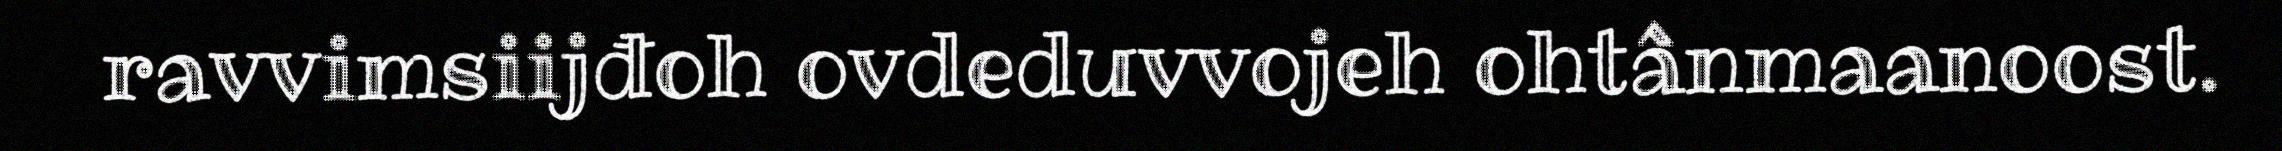
ravvimsiijđoh ovdeduvvojeh ohtânmaanoost.